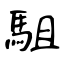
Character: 駔